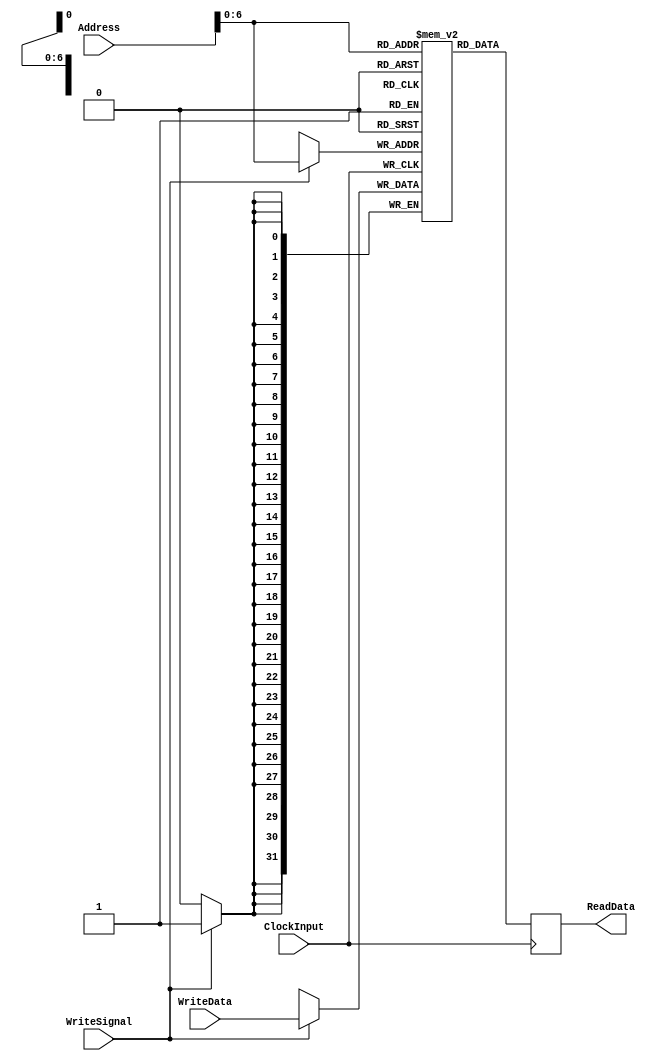
`timescale 1ns / 1ps
//////////////////////////////////////////////////////////////////////////////////
// Company: 
// 
// Design Name: 
// Module Name: DataRAM
// Project Name: 
// Target Devices: 
// Tool Versions: 
// Description: 
// 
// Dependencies: 
// 
// Revision:
// Revision 0.01 - File Created
// Additional Comments:
// 
//////////////////////////////////////////////////////////////////////////////////


module DataRAM(
    input ClockInput,
    input [31:0] Address,
    input [31:0] WriteData,
    input WriteSignal, //control sginal
    output reg [31:0] ReadData=0
    );
    
    reg[31:0] Data[127:0]; // 128 datas it can hold
    
    always @(posedge ClockInput)
    begin
        if(WriteSignal) Data[Address]<=WriteData;
    end
    
    always @(negedge ClockInput)
    begin
        ReadData<=Data[Address];
    end
    
    initial begin
        Data[0]=0;
        Data[1]=1;
    end
    
endmodule